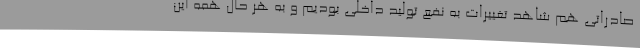
صادراتی هم شاهد تغییرات به نفع تولید داخلی بودیم و به هر حال همه این